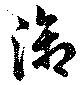
御